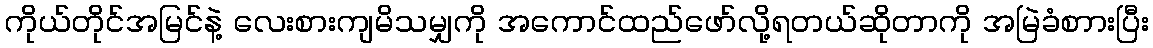
ကိုယ်တိုင်အမြင်နဲ့ လေးစားကျမိသမျှကို အကောင်ထည်ဖော်လို့ရတယ်ဆိုတာကို အမြဲခံစာားပြီး